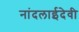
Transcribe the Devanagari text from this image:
नांदलाईदेवी